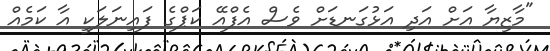
"މާޒިޔާ އަށް އަދި އަޅުގަނޑަށް ވެސް އެފްއޭ ކަޕްގެ ފައިނަލަކީ އާ ކަމެއް